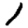
Digit: 1